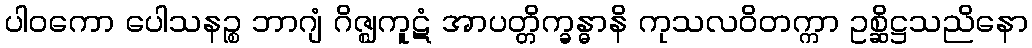
ပါဝကော ပေါသနဉ္စ ဘာဂျံ ဂိဇ္ဈကူဋံ အာပတ္တိက္ခန္ဓာနိ ကုသလဝိတက္ကာ ဥစ္ဆိဋ္ဌသညိနော